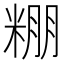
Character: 𮇧